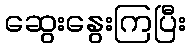
ဆွေးနွေးကြပြီး